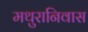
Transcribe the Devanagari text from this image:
मथुरानिवास